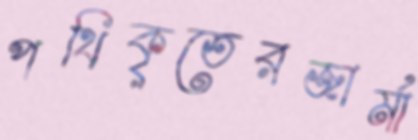
পথিকৃতেরজার্মা